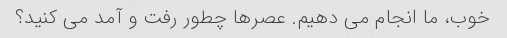
خوب، ما انجام می دهیم. عصرها چطور رفت و آمد می کنید؟